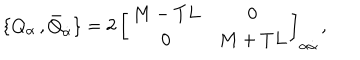
\{ Q _ { \alpha } \, , \bar { Q } _ { \dot { \alpha } } \} = 2 \, \left[ \begin{array} { c c } { { M - T L } } & { { 0 } } \\ { { 0 } } & { { M + T L } } \\ \end{array} \right] _ { \alpha \dot { \alpha } } \, ,